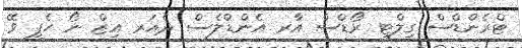
ޓްރެންޑްސް ގިލްޓީ ރޯޑްސް އާރ އެންޑްލެސް ދެއަރ އިޒް ނޯ ހެޕީ ވޭ